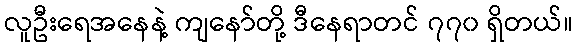
လူဦးရေအနေနဲ့ ကျနော်တို့ ဒီနေရာတင် ၇၇၀ ရှိတယ်။